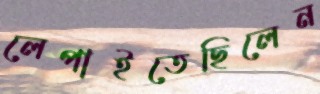
লেপাইতেছিলেন